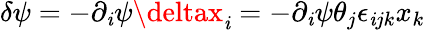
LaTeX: \delta\psi=-\partial_{\mathit{i}}\psi\deltax_{\mathit{i}}=-\partial_{\mathit{i}}\psi\theta_{j}\epsilon_{\mathit{i}jk}x_{k}